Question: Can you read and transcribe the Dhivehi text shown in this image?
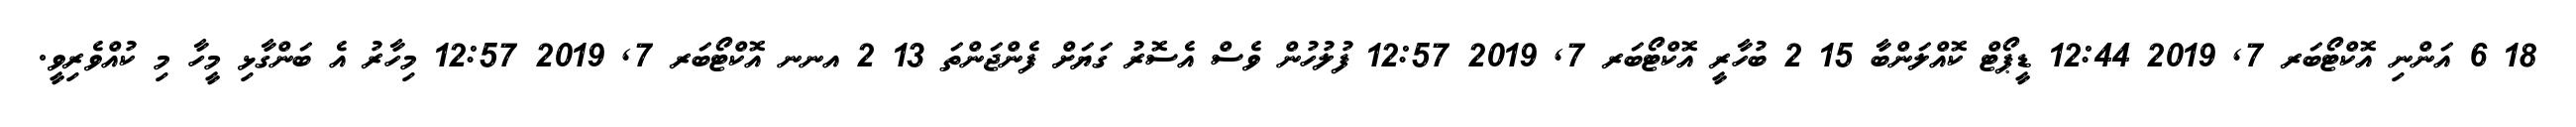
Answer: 18 6 އަންނި އޮކްޓޯބަރ 7, 2019 12:44 ޑީޕޯޓް ކޮއްލަންބާ 15 2 ބުހާރީ އޮކްޓޯބަރ 7, 2019 12:57 ފުލުހުން ވެސް އެސޮރު ގަޔަށް ފެންޖަންތަ 13 2 އނނ އޮކްޓޯބަރ 7, 2019 12:57 މިހާރު އެ ބަންގާޅި މީހާ މި ކުއްވެރިވީ.